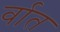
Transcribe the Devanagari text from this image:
र्वात